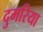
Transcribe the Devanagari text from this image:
दुमरिया